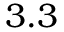
3 . 3